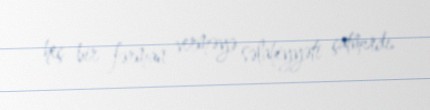
heç bir fərman verməyə səlahiyyəti çatmırdı.